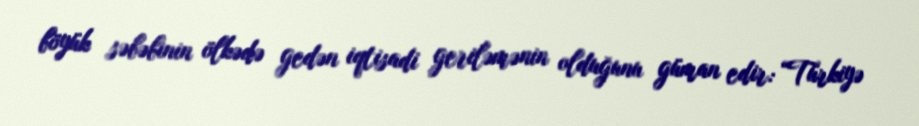
böyük səbəbinin ölkədə gedən iqtisadi geriləmənin olduğunu güman edir: “Türkiyə